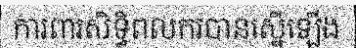
ការពារសិទ្ធិពលករបានស្នើឡើង